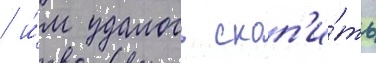
/ и́м удалось скоп'и́ть